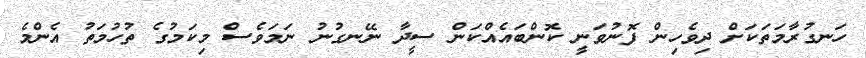
ހަނގުރާމަތަކަށް ދިވެހިން ފޮނުވަނީ ކޮންބައެއްކަން ސީދާ ނޭނގުނު ނަމަވެސް މިކަމުގެ ތުހުމަތު އެންމެ